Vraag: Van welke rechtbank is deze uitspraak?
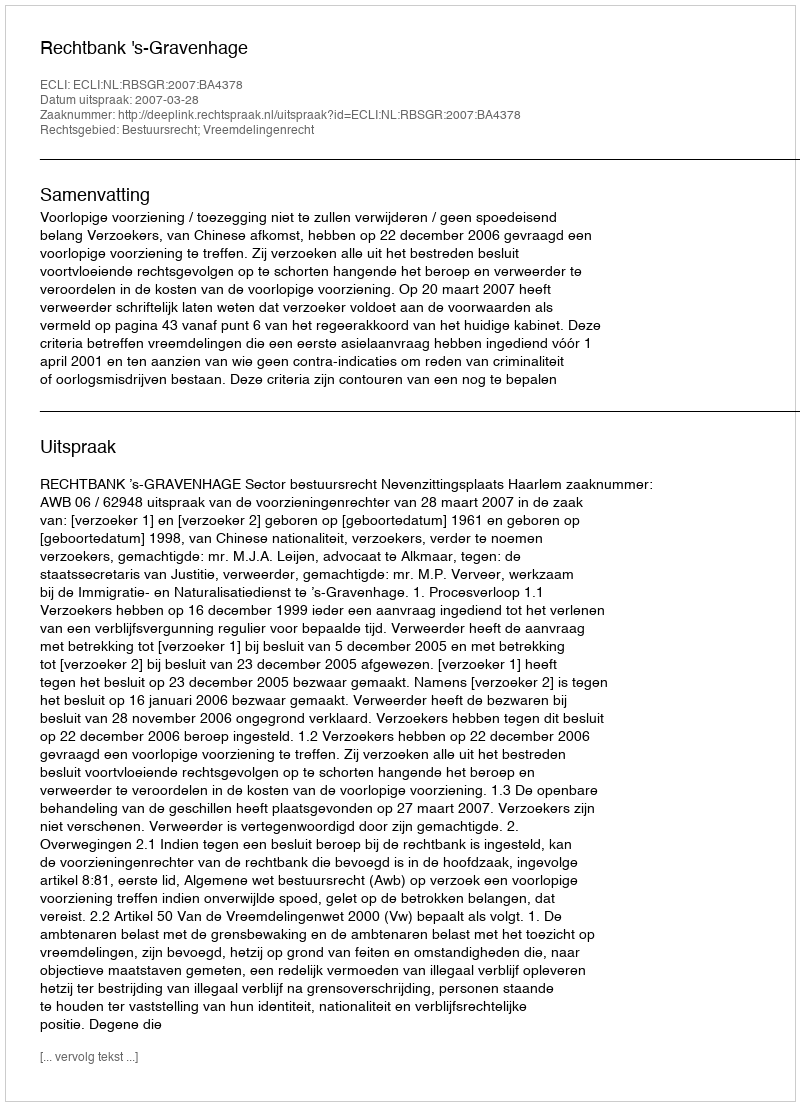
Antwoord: Rechtbank 's-Gravenhage